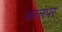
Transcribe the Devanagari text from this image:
कालपर